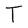
Character: T